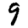
Digit: 9